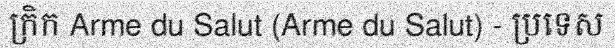
ក្រិក Arme du Salut (Arme du Salut) - ប្រទេស